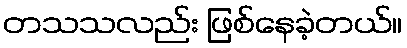
တသသလည်း ဖြစ်နေခဲ့တယ်။